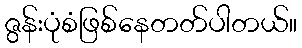
ဇွန်းပုံစံဖြစ်နေတတ်ပါတယ်။